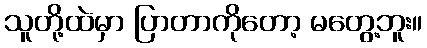
သူတို့ထဲမှာ ပြာတာကိုတော့ မတွေ့ဘူး။